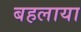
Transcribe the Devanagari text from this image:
बहलाया